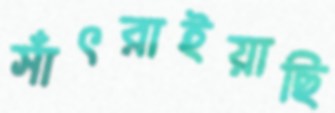
সাঁৎরাইয়াছি